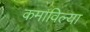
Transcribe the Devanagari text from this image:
कमाविल्या